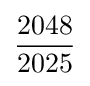
{2048 \over 2025}